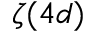
\zeta ( 4 d )